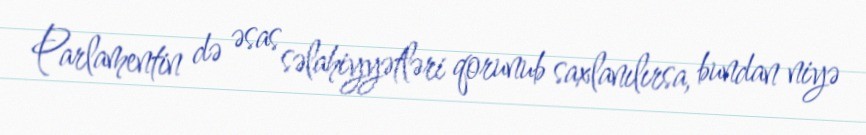
Parlamentin də əsas səlahiyyətləri qorunub saxlanılırsa, bundan niyə